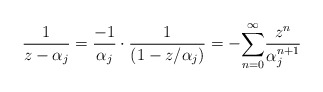
\begin{align*}\frac{1}{z-\alpha_j}=\frac{-1}{\alpha_j}\cdot \frac{1}{(1-z\slash \alpha_j)}=-\overset{\infty}{\underset{n=0}{\sum}}\frac{z^n}{\alpha_j^{n+1}} \end{align*}